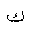
Letter: _kaf